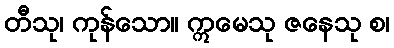
တီသု၊ ကုန်သော။ ဣမေသု ဇနေသု စ၊